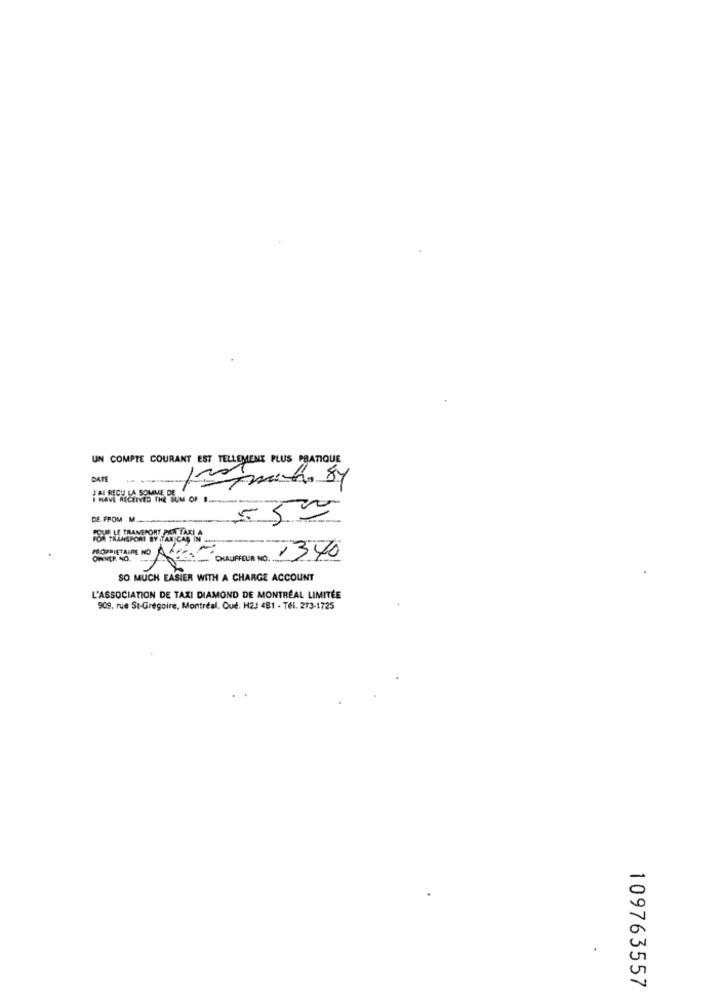
UN COMPTE COURANT EST TELLEMENT PLUS PRATIQUE
DATE
-----
DE FROM M
PROPRIETAIRE NO
OWNER NO.
:- DULUFFEUR NO.
1340
SO MUCH EASIER WITH A CHARGE ACCOUNT
L'ASSOCIATION DE TAXI DIAMOND DE MONTRÉAL LIMITÉE
909, rue St-Grégoire, Montréal. Qué. H2J 481 - Tel. 273-1725
109763557